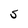
Character: S